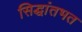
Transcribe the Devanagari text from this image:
सिद्धांतभत